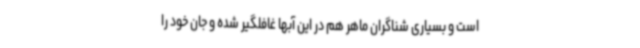
است و بسیاری شناگران ماهر هم در این آبها غافلگیر شده و جان خود را